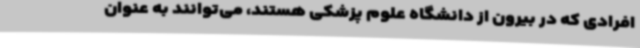
افرادی که در بیرون از دانشگاه علوم پزشکی هستند، می‌توانند به عنوان